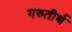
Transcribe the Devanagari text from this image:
गरुतीर्थ